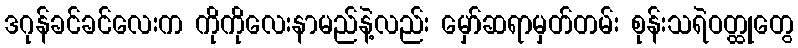
ဒဂုန်ခင်ခင်လေးက ကိုကိုလေးနာမည်နဲ့လည်း မှော်ဆရာမှတ်တမ်း စုန်းသရဲဝတ္ထုတွေ